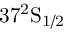
\mathrm { 3 7 ^ { 2 } S _ { 1 / 2 } }